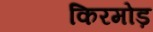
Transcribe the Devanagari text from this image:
किरमोड़